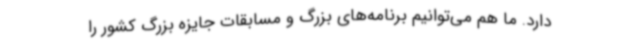
دارد. ما هم می‌توانیم برنامه‌های بزرگ و مسابقات جایزه بزرگ کشور را